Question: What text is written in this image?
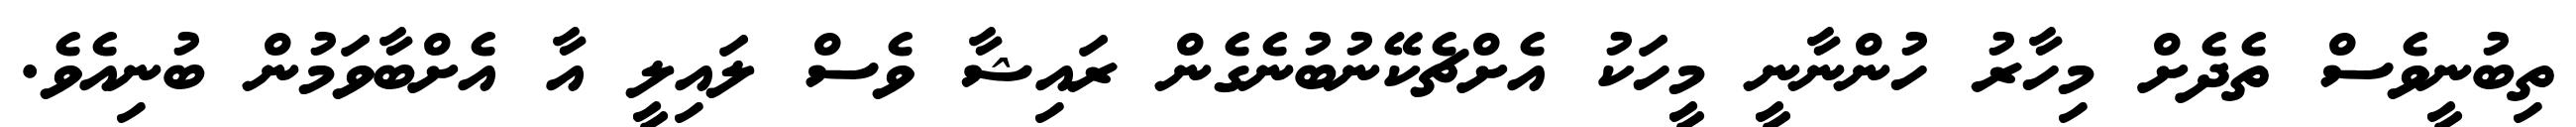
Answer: ތިބުނީވެސް ތެދެށް މިހާރު ހުންނާނީ މީހަކު އެށްޗެކޭނުބުނެގެން ރައިޝާ ވެސް ލައިލީ އާ އެށްބާވަމުން ބުނިއެވެ.